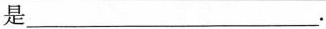
是___.